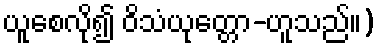
ယူစေလို၍ ဝိသံယုတ္တော-ဟူသည်။)